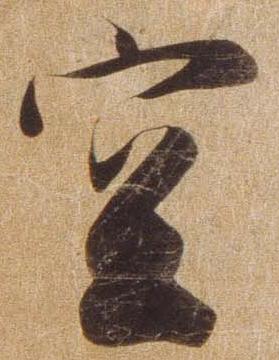
空